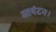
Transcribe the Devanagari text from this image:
आवंटन।